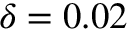
\delta = 0 . 0 2